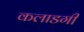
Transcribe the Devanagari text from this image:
कलाडगी